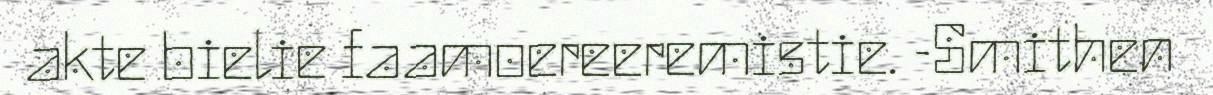
akte bielie faamoereeremistie. -Smithen